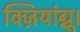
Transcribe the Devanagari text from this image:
क्ज़ियांग्नू।